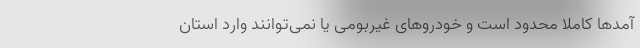
آمدها کاملا محدود است و خودروهای غیربومی یا نمی‌توانند وارد استان